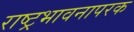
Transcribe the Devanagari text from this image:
राष्ट्रभावनापरक